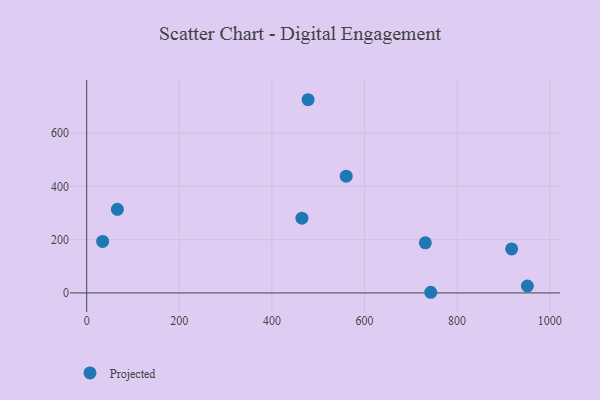
{"axis": {"x": "Study Hours", "y": "Profit"}, "legend": ["Projected"], "data": [{"x": "951.8", "y": 25.9, "type": "Projected"}, {"x": "478.2", "y": 725.7, "type": "Projected"}, {"x": "731.4", "y": 188.1, "type": "Projected"}, {"x": "743.1", "y": 2.4, "type": "Projected"}, {"x": "66.3", "y": 314.1, "type": "Projected"}, {"x": "917.8", "y": 165.4, "type": "Projected"}, {"x": "560.5", "y": 438.5, "type": "Projected"}, {"x": "34.4", "y": 193.6, "type": "Projected"}, {"x": "464.9", "y": 280.9, "type": "Projected"}]}